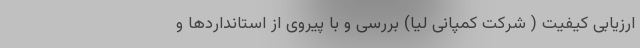
ارزیابی کیفیت ( شرکت کمپانی لیا) بررسی و با پیروی از استانداردها و